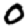
Digit: 0